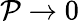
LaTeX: \mathcal{P}\to0